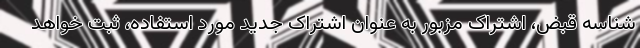
شناسه قبض، اشتراک مزبور به عنوان اشتراک جدید مورد استفاده، ثبت خواهد